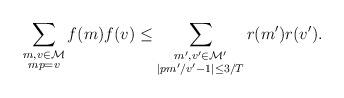
\begin{align*}\sum_{\substack{m,v \in \mathcal{M} \\ mp=v}} f(m)f(v) \le \sum_{\substack{m', v' \in \mathcal{M}' \\ |pm'/v'-1| \le3/T }} r(m')r(v').\end{align*}